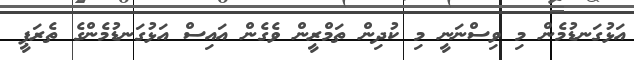
އަޅުގަނޑުމެން މި ވިސްނަނީ މި ކުދިން ތަމްރީން ވެގެން އައިސް އަޅުގަނޑުމެންގެ ތެރަޕީ